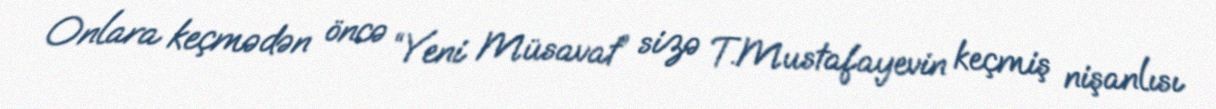
Onlara keçmədən öncə “Yeni Müsavat” sizə T.Mustafayevin keçmiş nişanlısı